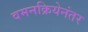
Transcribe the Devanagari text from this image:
वमनक्रियेनंतर